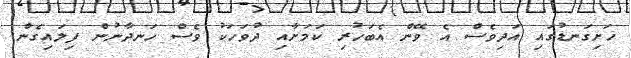
ހަށިގަނޑުގައި އަދިވެސް އެ ވޭން އެބަހުރި ކަމަށާއި ދުވަހަކު ވެސް ހަނދާނުން ފިލައިގެން